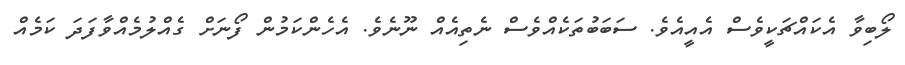
ލޯބިވާ އެކައްޗަކީވެސް އެއީއެވެ. ސަބަބުތަކެއްވެސް ނެތިއެއް ނޫނެވެ. އެހެންކަމުން ފޯނަށް ގެއްލުމެއްވާފަދަ ކަމެއް